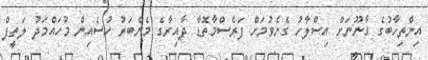
އިންތިހާބުގެ ގާނޫނަށް އިސްލާހު ގެނެވުމަށް ފަރެސްމާތޮޑާ ދާއިރާގެ މެންބަރު ހުސެއިން މުހައްމަދު ލަތީފް